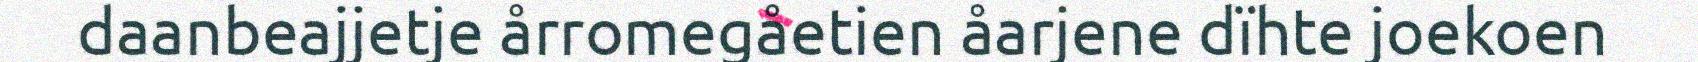
daanbeajjetje årromegåetien åarjene dïhte joekoen